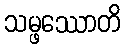
သမ္ဖဿောတိ